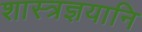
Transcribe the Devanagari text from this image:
शास्त्रज्ञयानि